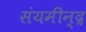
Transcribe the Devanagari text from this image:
संयमीन्द्र